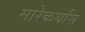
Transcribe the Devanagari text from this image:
मारेकर्यास